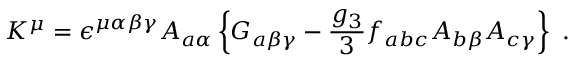
K ^ { \mu } = \epsilon ^ { \mu \alpha \beta \gamma } A _ { a \alpha } \left\{ G _ { a \beta \gamma } - \frac { g _ { 3 } } { 3 } f _ { a b c } A _ { b \beta } A _ { c \gamma } \right\} ~ .